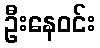
ဦးနေဝင်း